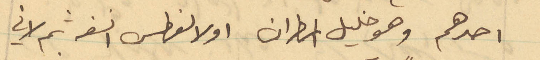
احدهم وهو خليل المطران اولا لفطس انفه ثم لاني